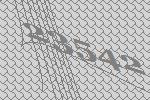
23542